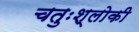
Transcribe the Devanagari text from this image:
चतुःश्लोकी